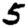
Digit: 5